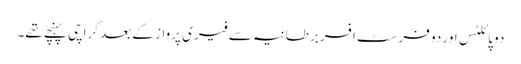
دو پائلٹس اور دو فرسٹ افسر برطانیہ سے فیری پرواز کے بعد کراچی پہنچے تھے۔